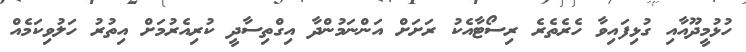
ހުޅުމީދޫއާއި ގުޅިފައިވާ ހެރެތެރެ ރިސޯޓާއެކު ރަށަށް އަންނަމުންދާ އިގްތިސާދީ ކުރިއެރުމަށް އިތުރު ހަލުވިކަމެއް